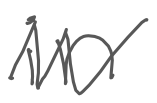
Text: in
Cross-out: mix
Writing tool: digital_gray